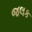
જલક